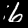
Label: 6